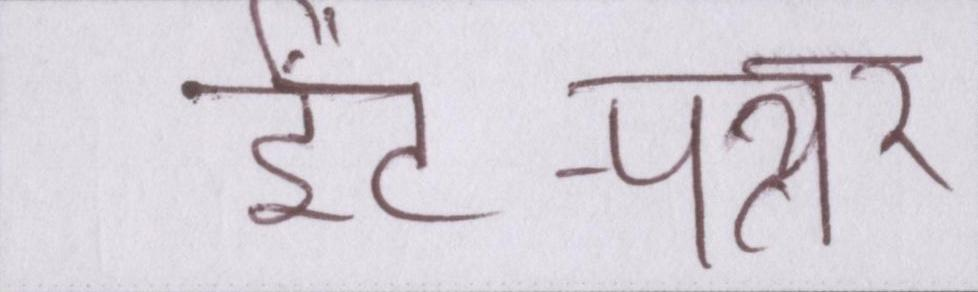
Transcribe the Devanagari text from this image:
ईंट-पत्थर